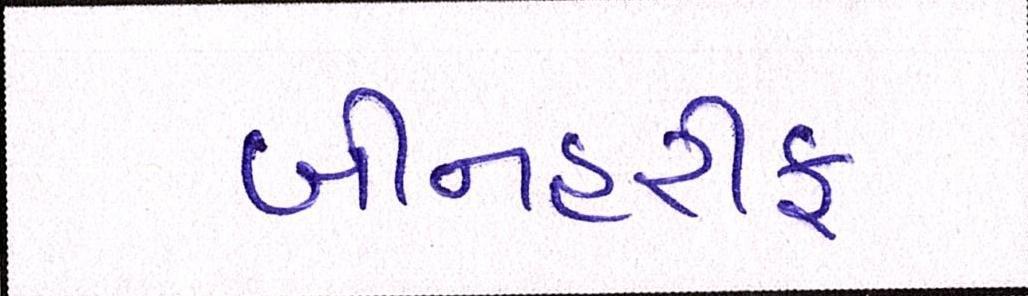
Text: બીનહરીફ